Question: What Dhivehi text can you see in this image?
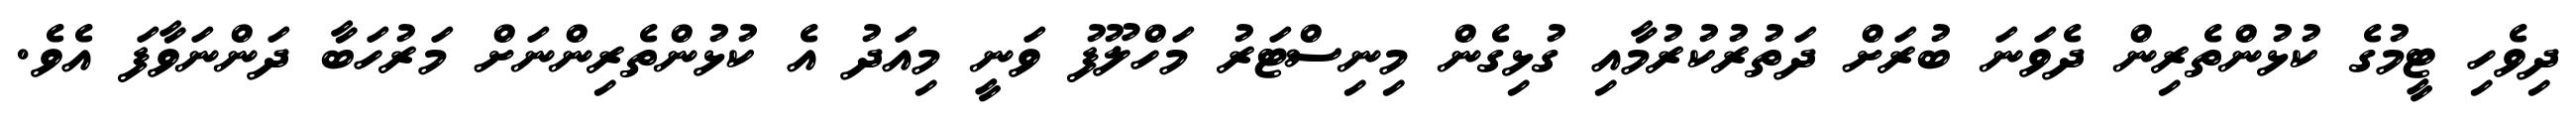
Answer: ދިވެހި ޓީމުގެ ކުޅުންތެރިން ދެވަނަ ބުރަށް ދަތުރުކުރުމާއި ގުޅިގެން މިނިސްޓަރު މަހްލޫފު ވަނީ މިއަދު އެ ކުޅުންތެރިންނަށް މަރުހަބާ ދަންނަވާފަ އެވެ.